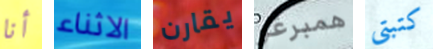
أنا الاثناء يقارن همبرغر كتبتي